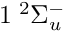
1 \phantom { A } \! \! \! ^ { 2 } \Sigma _ { u } ^ { - }